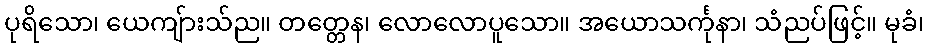
ပုရိသော၊ ယေကျ်ားသ်ည။ တတ္တေန၊ လောလောပူသော။ အယောသင်္ကုနာ၊ သံညပ်ဖြင့်။ မုခံ၊